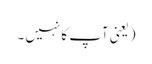
(یعنی آپ کا نہیں ۔